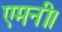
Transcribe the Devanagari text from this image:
एमनी।